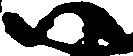
尉